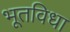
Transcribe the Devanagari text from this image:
भूतविधा